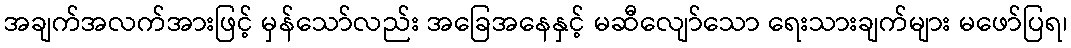
အချက်အလက်အားဖြင့် မှန်သော်လည်း အခြေအနေနှင့် မဆီလျော်သော ရေးသားချက်များ မဖော်ပြရ၊